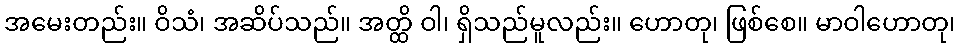
အမေးတည်း။ ဝိသံ၊ အဆိပ်သည်။ အတ္ထိ ဝါ၊ ရှိသည်မူလည်း။ ဟောတု၊ ဖြစ်စေ။ မာဝါဟောတု၊